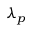
\lambda _ { p }